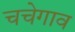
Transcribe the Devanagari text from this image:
चचेगाव